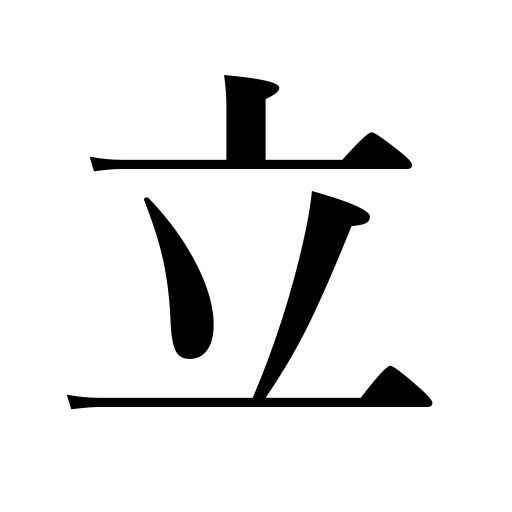
Meanings: makes a total of thirty,make a success,sharpen,be active,be maintained,spread rumors,raise,lay plans,take flight,establish oneself,open markets,have an aim,set a saw,save face,institute,do justice to,respect,stand,run high waves,be loyal to,shut door,put up,close a door,come seasons,circulate rumors,make tea,enact,standing,establish,put up a candidate,map out,look up to,rise,render services,make an oath,depart,set forth,erect,burn out,stand something up,lay down a proposition,formulate,be established,stick into,be excited,go up smoke,begin life,perform,build,set on edge,prick up one's ears,be worked out,set up,rouse oneself,be built,support oneself